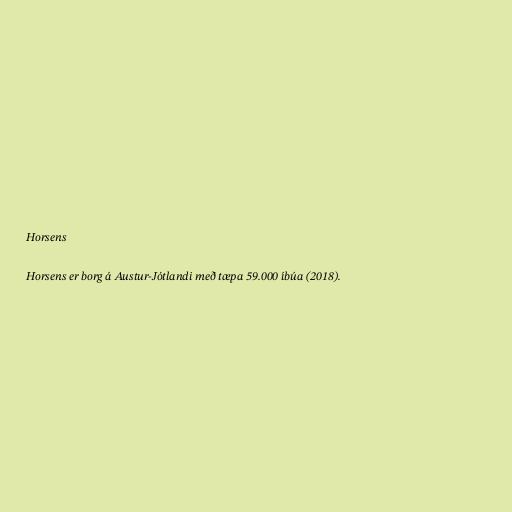
Horsens

Horsens er borg á Austur-Jótlandi með tæpa 59.000 íbúa (2018).